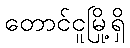
တောင်ငူမြို့ရှိ